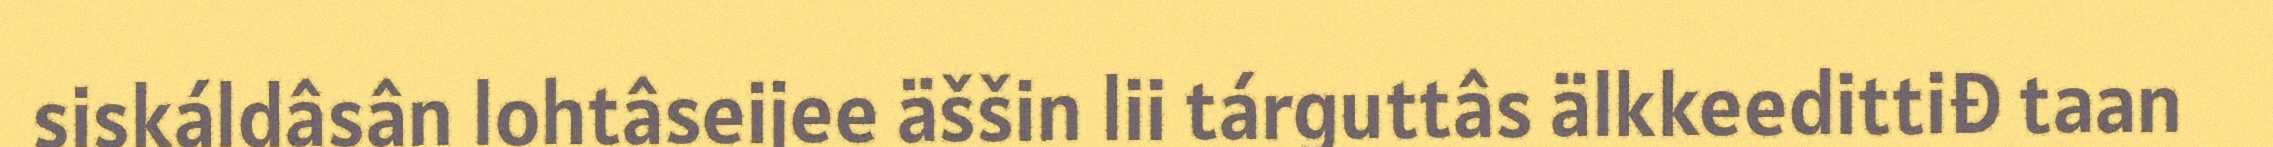
siskáldâsân lohtâseijee äššin lii tárguttâs älkkeedittiđ taan